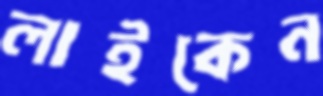
লাইকেন